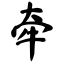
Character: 牵